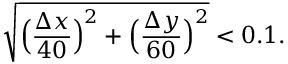
\sqrt { \Big ( \frac { \Delta x } { 4 0 } \Big ) ^ { 2 } + \Big ( \frac { \Delta y } { 6 0 } \Big ) ^ { 2 } } < 0 . 1 .